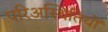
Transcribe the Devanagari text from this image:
परिअस्थितियों